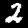
Digit: 2